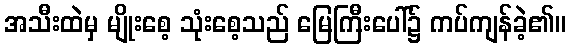
အသီးထဲမှ မျိုးစေ့ သုံးစေ့သည် မြေကြီးပေါ်၌ ကပ်ကျန်ခဲ့၏။